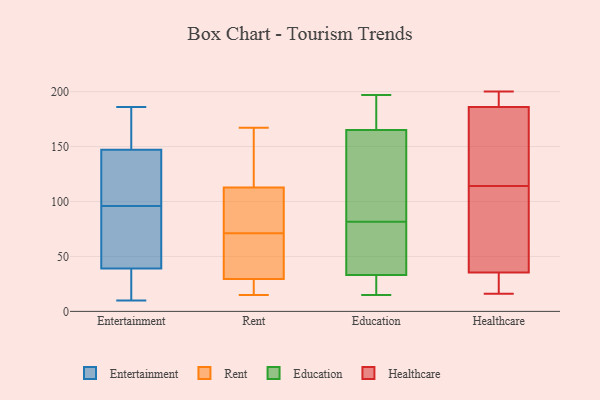
{"axis": {"x": "Gross Profit (USD K)", "y": "Value"}, "legend": ["Education", "Entertainment", "Healthcare", "Rent"], "data": [{"x": "", "y": 84, "type": "Entertainment"}, {"x": "", "y": 96, "type": "Entertainment"}, {"x": "", "y": 117, "type": "Entertainment"}, {"x": "", "y": 186, "type": "Entertainment"}, {"x": "", "y": 21, "type": "Entertainment"}, {"x": "", "y": 102, "type": "Entertainment"}, {"x": "", "y": 10, "type": "Entertainment"}, {"x": "", "y": 89, "type": "Entertainment"}, {"x": "", "y": 24, "type": "Entertainment"}, {"x": "", "y": 183, "type": "Entertainment"}, {"x": "", "y": 157, "type": "Entertainment"}, {"x": "", "y": 15, "type": "Rent"}, {"x": "", "y": 106, "type": "Rent"}, {"x": "", "y": 24, "type": "Rent"}, {"x": "", "y": 24, "type": "Rent"}, {"x": "", "y": 96, "type": "Rent"}, {"x": "", "y": 66, "type": "Rent"}, {"x": "", "y": 71, "type": "Rent"}, {"x": "", "y": 136, "type": "Rent"}, {"x": "", "y": 115, "type": "Rent"}, {"x": "", "y": 63, "type": "Rent"}, {"x": "", "y": 94, "type": "Rent"}, {"x": "", "y": 24, "type": "Rent"}, {"x": "", "y": 167, "type": "Rent"}, {"x": "", "y": 24, "type": "Rent"}, {"x": "", "y": 128, "type": "Rent"}, {"x": "", "y": 89, "type": "Rent"}, {"x": "", "y": 46, "type": "Rent"}, {"x": "", "y": 121, "type": "Rent"}, {"x": "", "y": 50, "type": "Rent"}, {"x": "", "y": 153, "type": "Education"}, {"x": "", "y": 15, "type": "Education"}, {"x": "", "y": 63, "type": "Education"}, {"x": "", "y": 169, "type": "Education"}, {"x": "", "y": 18, "type": "Education"}, {"x": "", "y": 156, "type": "Education"}, {"x": "", "y": 73, "type": "Education"}, {"x": "", "y": 165, "type": "Education"}, {"x": "", "y": 191, "type": "Education"}, {"x": "", "y": 197, "type": "Education"}, {"x": "", "y": 43, "type": "Education"}, {"x": "", "y": 20, "type": "Education"}, {"x": "", "y": 180, "type": "Education"}, {"x": "", "y": 33, "type": "Education"}, {"x": "", "y": 114, "type": "Education"}, {"x": "", "y": 20, "type": "Education"}, {"x": "", "y": 61, "type": "Education"}, {"x": "", "y": 90, "type": "Education"}, {"x": "", "y": 24, "type": "Healthcare"}, {"x": "", "y": 76, "type": "Healthcare"}, {"x": "", "y": 42, "type": "Healthcare"}, {"x": "", "y": 34, "type": "Healthcare"}, {"x": "", "y": 191, "type": "Healthcare"}, {"x": "", "y": 190, "type": "Healthcare"}, {"x": "", "y": 37, "type": "Healthcare"}, {"x": "", "y": 124, "type": "Healthcare"}, {"x": "", "y": 182, "type": "Healthcare"}, {"x": "", "y": 138, "type": "Healthcare"}, {"x": "", "y": 193, "type": "Healthcare"}, {"x": "", "y": 16, "type": "Healthcare"}, {"x": "", "y": 200, "type": "Healthcare"}, {"x": "", "y": 129, "type": "Healthcare"}, {"x": "", "y": 104, "type": "Healthcare"}, {"x": "", "y": 29, "type": "Healthcare"}]}